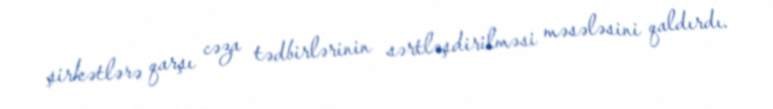
şirkətlərə qarşı cəza tədbirlərinin sərtləşdirilməsi məsələsini qaldırdı.